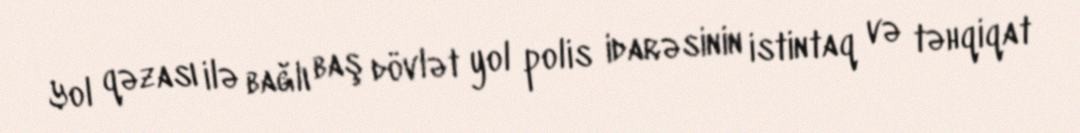
Yol qəzası ilə bağlı baş dövlət yol polis idarəsinin istintaq və təhqiqat